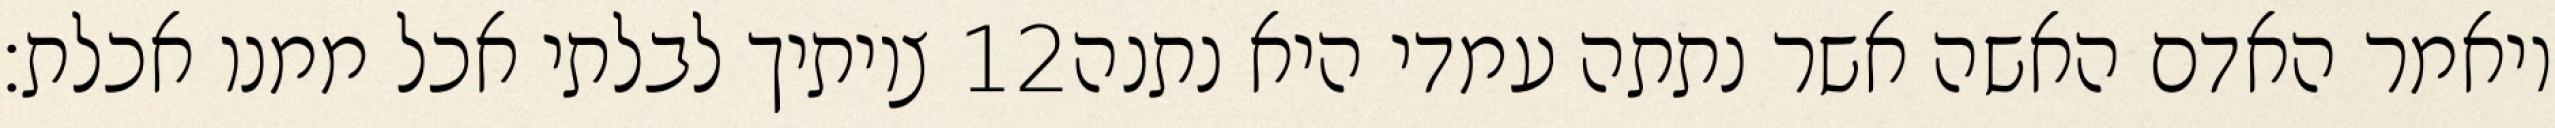
צויתיך לבלתי אכל ממנו אכלת׃ ‎12‏ ויאמר האדם האשה אשר נתתה עמדי היא נתנה